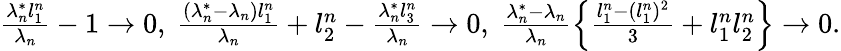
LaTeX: \begin{array}{r}{\frac{\lambda_{n}^{*}l_{1}^{n}}{\lambda_{n}}-1\to 0,\ \frac{(\lambda_{n}^{*}-\lambda_{n})l_{1}^{n}}{\lambda_{n}}+l_{2}^{n}-\frac{\lambda_{n}^{*}l_{3}^{n}}{\lambda_{n}}\to 0,\ \frac{\lambda_{n}^{*}-\lambda_{n}}{\lambda_{n}}\left\{ \frac{l_{1}^{n}-(l_{1}^{n})^{2}}{3}+l_{1}^{n}l_{2}^{n}\right\} \to 0.}\end{array}